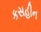
કસહીન